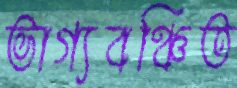
ভাগ্যবঞ্চিত